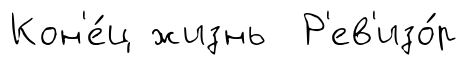
Кон'е́ц жизнь Р'ев'изо́р